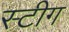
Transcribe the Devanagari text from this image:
स्टीग